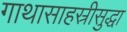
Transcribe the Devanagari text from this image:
गाथासाहस्रीसुद्धा